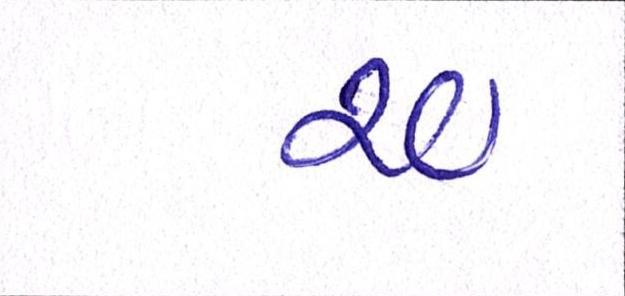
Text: ર૦